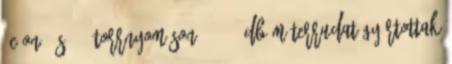
0C-on, és 750 torrnyomáson. 42 30 db méterrudat gyártottak